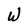
Character: W